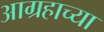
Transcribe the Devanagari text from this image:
आग्रहाच्या